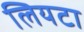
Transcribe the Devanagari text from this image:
लियटा